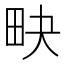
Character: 𤰮